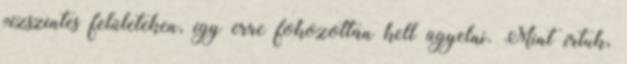
vízszintes felületeken, így erre fokozottan kell ügyelni. Mint írtuk,